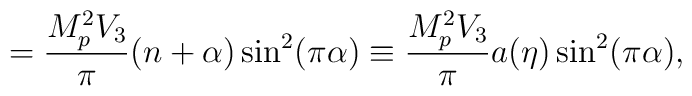
=\frac{M_p^2 V_3}{\pi}(n+\alpha)\sin^{2}(\pi\alpha)\equiv\frac{M_p^2 V_3}{\pi}a(\eta)\sin^2(\pi\alpha) ,